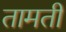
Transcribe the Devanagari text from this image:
तामती